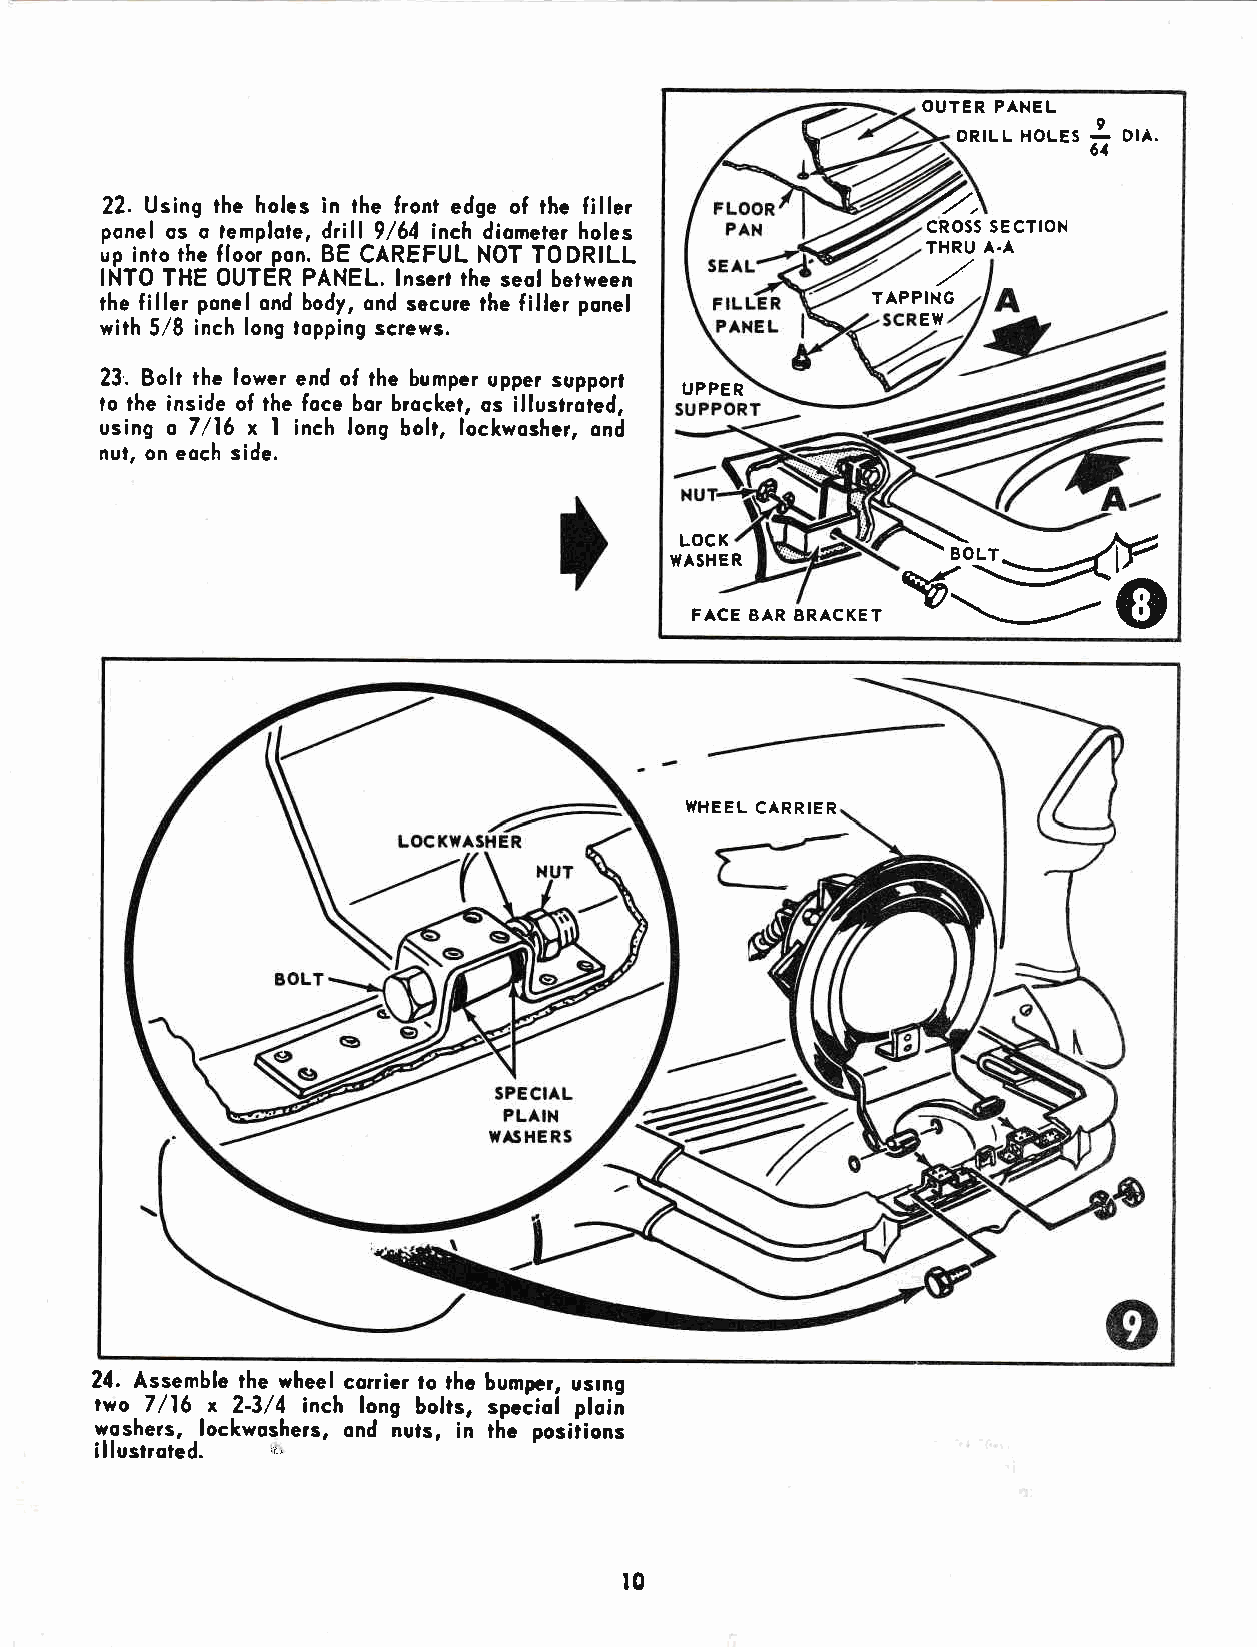
OUTER PANEL
 I
 DRILL HOLES DrA.
 61
 22. Using the holes in the front edge of the filler    '/)
 ponel os o lemplole, d'ill 9/54 inch diometer holes   cRoss sEcTloN
 up into the floor pon. BE CAREFUL NOT T0DRILL         THRU A.A
 lNTO THE OUTER PANEL. lnsert the seol berween          ,/
 the filler pone! ond body, ond secure the filler ponel TAPPING
 with 5/8 inch long topping screws.                    EW
 23. Bolt the lower end of the bumper upper support
 UPPER
 to the inside of the foce bor brocket, os illustroted,
 using o 7/16 x I inch long bolt, lockwosher, ond
 nul, on eoch side.
 ryE
 LOCK
 WASHER
 FACE BAR BRACKET
 WHEEL CARRIER
 24. Assemble the whee! corrier to thc bumper, usrng
 tvo 7/16 x 2-3/4 inch long bolts, speciol ploin
 woshers,         ond nuls, in the posiiions
 -lockwoshers,
 illustroted.
 iJ
 t0